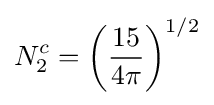
N_{2}^{c}=\left({\frac {15}{4\pi }}\right)^{1/2}